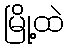
မြို့ထဲ